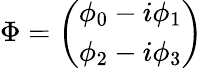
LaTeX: \Phi=\left(\begin{array}{c}{{\phi_{0}-i\phi_{1}}}\\ {{\phi_{2}-i\phi_{3}}}\end{array}\right)